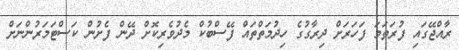
ރާއްޖޭގައި ފުރަތަމަ ފަހަރަށް ދިރާގުގެ ހިދުމަތްތައް ފޭސްބުކް މެދުވެރިކޮށް ދޭން ފެށުން ކަސްޓަމަރުންނަށް